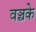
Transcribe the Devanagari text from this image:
वञ्चके